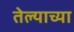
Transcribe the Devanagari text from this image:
तेल्याच्या